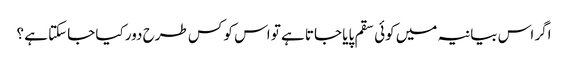
اگر اس بیانیہ میں کوئی سقم پایا جاتا ہے تو اس کو کس طرح دور کیا جاسکتا ہے ؟